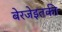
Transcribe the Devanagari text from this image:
बेरजेइतकी